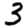
Digit: 3